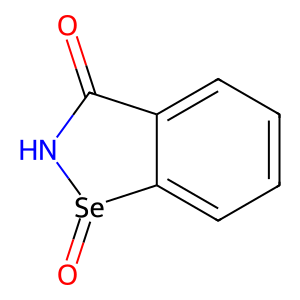
SMILES: O=C1N[Se](=O)c2ccccc21
Inhibits HIV replication: Yes